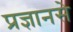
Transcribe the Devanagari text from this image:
प्रज्ञानसे